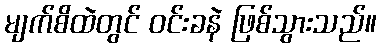
မျက်စိထဲတွင် ဝင်းခနဲ ဖြစ်သွားသည်။